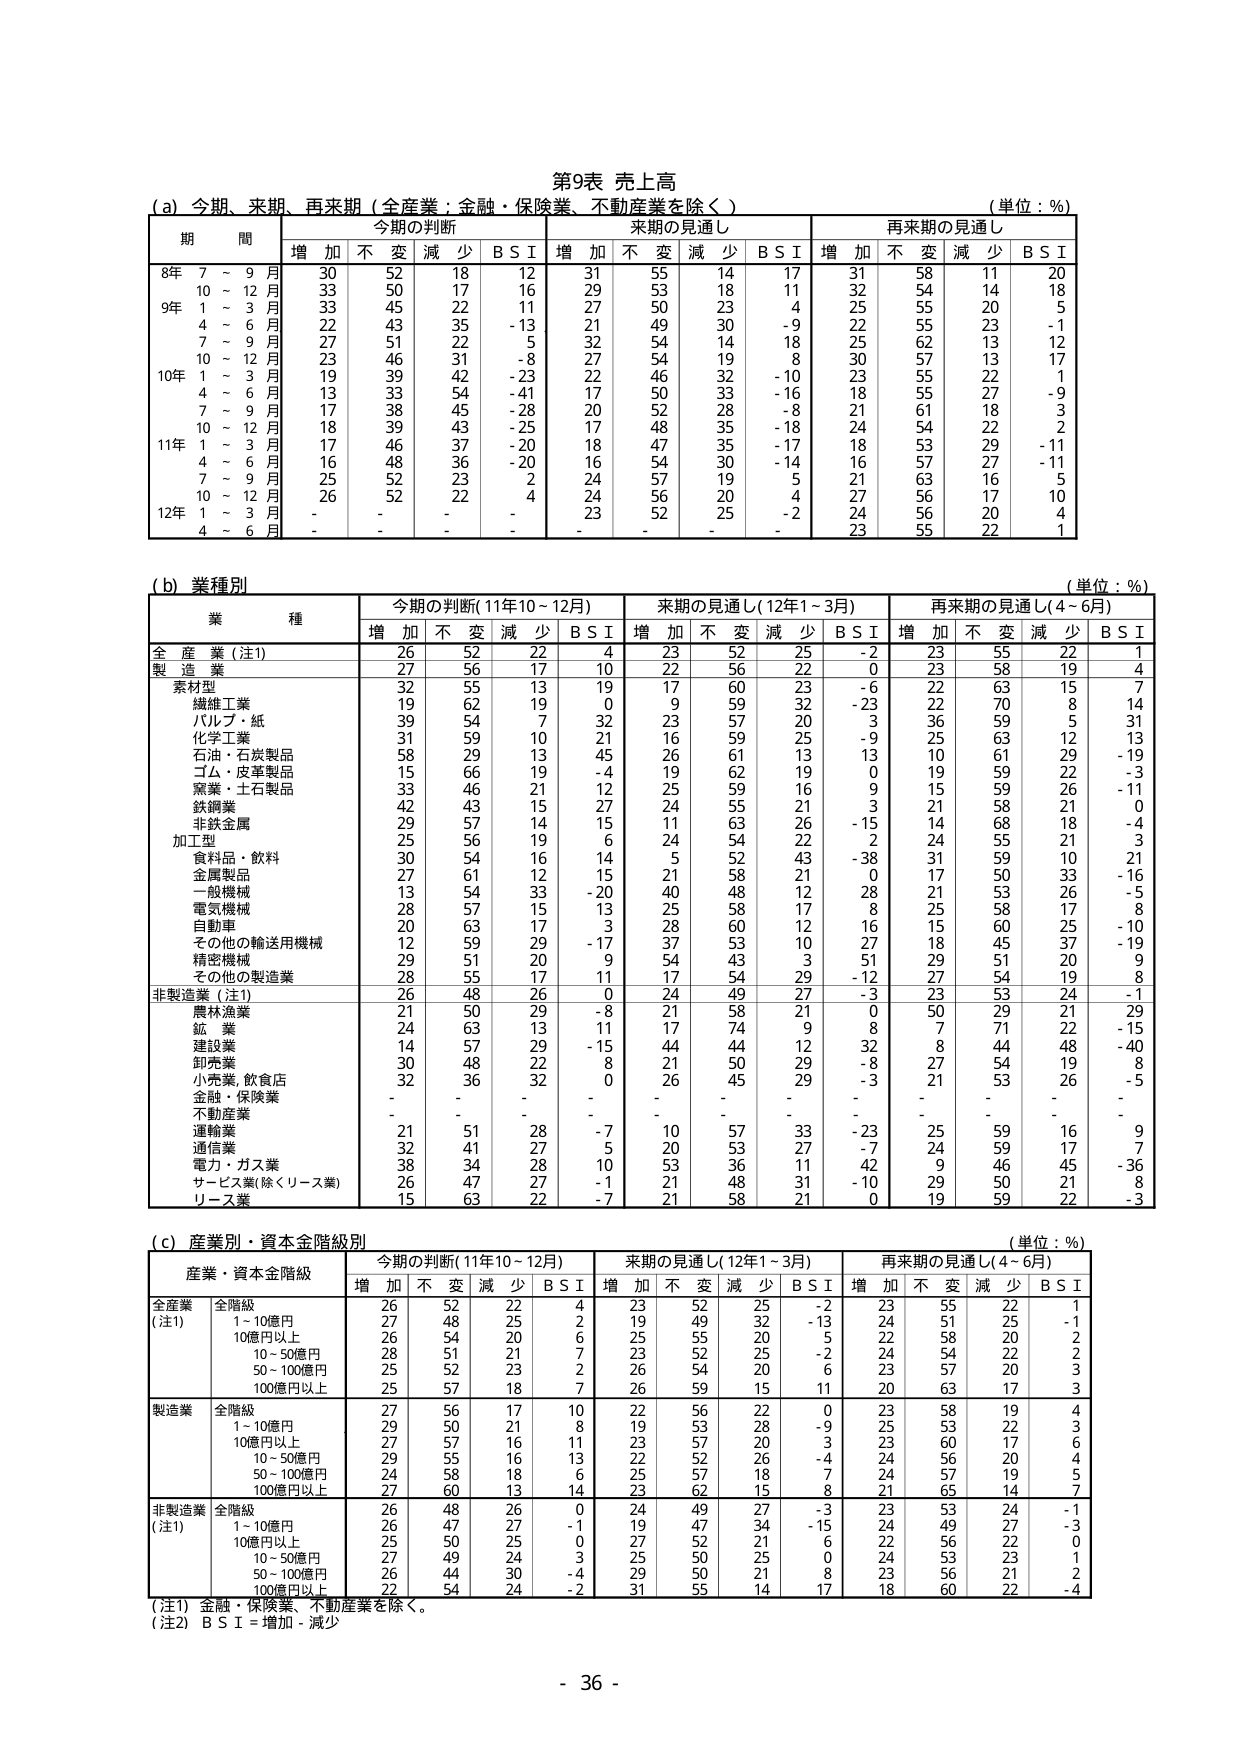
第9表 売上高
(a) 今期、来期、再来期（全産業：金融・保険業、不動産業を除く）
（単位：%）
期 間 今期の判断 来期の見通し 再来期の見通し
増 加 不 変 減 少 B S I 増 加 不 変 減 少 B S I 増 加 不 変 減 少 B S I
8年 7 ~ 9 月 30 52 18 12 31 55 14 17 31 58 11 20
10 ~ 12 月 33 50 17 16 29 53 18 11 32 54 14 18
9年 1 ~ 3 月 33 45 22 11 27 50 23 4 25 55 20 5
4 ~ 6 月 22 43 35 -13 21 49 30 -9 22 55 23 -1
7 ~ 9 月 27 51 22 5 32 54 14 18 25 62 13 12
10 ~ 12 月 23 46 31 -8 27 54 19 8 30 57 13 17
10年 1 ~ 3 月 19 39 42 -23 22 46 32 -10 23 55 22 1
4 ~ 6 月 13 33 54 -41 17 50 33 -16 18 55 27 -9
7 ~ 9 月 17 38 45 -28 20 52 28 -8 21 61 18 3
10 ~ 12 月 18 39 43 -25 17 48 35 -18 24 54 22 2
11年 1 ~ 3 月 17 46 37 -20 18 47 35 -17 18 53 29 -11
4 ~ 6 月 16 48 36 -20 16 54 30 -14 16 57 27 -11
7 ~ 9 月 25 52 23 2 24 57 19 5 21 63 16 5
10 ~ 12 月 26 52 22 4 24 56 20 4 27 56 17 10
12年 1 ~ 3 月 - - - - 23 52 25 -2 24 56 20 4
4 ~ 6 月 - - - - - - - - 23 55 22 1

(b) 業種別
（単位：%）
業 種 今期の判断(11年10～12月) 来期の見通し(12年1～3月) 再来期の見通し(4～6月)
増 加 不 変 減 少 B S I 増 加 不 変 減 少 B S I 増 加 不 変 減 少 B S I
全 産 業 (注1) 26 52 22 4 23 52 25 -2 23 55 22 1
製 造 業 27 56 17 10 22 56 22 0 23 58 19 4
　素材型 32 55 13 19 17 60 23 -6 22 63 15 7
　繊維工業 19 62 19 0 9 59 32 -23 22 70 8 14
　パルプ・紙 39 54 7 32 23 57 20 3 36 59 5 31
　化学工業 31 59 10 21 16 59 25 -9 25 63 12 13
　石油・石炭製品 58 29 13 45 26 61 13 13 10 61 29 -19
　ゴム・皮革製品 15 66 19 -4 19 62 19 0 19 59 22 -3
　窯業・土石製品 33 46 21 12 25 59 16 9 15 59 26 -11
　鉄鋼業 42 43 15 27 24 55 21 3 21 58 21 0
　非鉄金属 29 57 14 15 11 63 26 -15 14 68 18 -4
　加工型 25 56 19 6 24 54 22 2 24 55 21 3
　　食料品・飲料 30 54 16 14 5 52 43 -38 31 59 10 21
　　金属製品 27 61 12 15 21 58 21 0 17 50 33 -16
　　一般機械 13 54 33 -20 40 48 12 28 21 53 26 -5
　　電気機械 28 57 15 13 25 58 17 8 25 58 17 -8
　　自動車 20 63 17 -3 28 60 12 16 15 60 25 -10
　　その他の輸送用機械 12 59 29 -17 37 53 10 27 18 45 37 -19
　　精密機械 29 51 20 9 54 43 3 51 29 51 20 9
　　その他の製造業 28 55 17 11 17 54 29 -12 27 54 19 8
非製造業 (注1) 26 48 26 0 24 49 27 -3 23 53 24 -1
　農林漁業 21 50 29 -8 21 58 21 0 50 29 21 29
　鉱 業 24 63 13 11 17 74 9 8 7 71 22 -15
　建設業 14 57 29 -15 44 44 12 32 8 44 48 -40
　卸売業 30 48 22 8 21 50 29 -8 27 54 19 8
　小売業、飲食店 32 36 32 0 26 45 29 -3 21 53 26 -5
　金融・保険業 - - - - - - - - - - - -
　不動産業 - - - - - - - - - - - -
　運輸業 21 51 28 -7 10 57 33 -23 25 59 16 9
　通信業 32 41 27 5 20 53 27 -7 24 59 17 7
　電力・ガス業 38 34 28 10 53 36 11 42 9 46 45 -36
　サービス業(除くリース業) 26 47 27 -1 21 48 31 -10 29 50 21 8
　リース業 15 63 22 -7 21 58 21 0 19 59 22 -3

(c) 産業別・資本金階級別
（単位：%）
産業・資本金階級 今期の判断(11年10～12月) 来期の見通し(12年1～3月) 再来期の見通し(4～6月)
増 加 不 変 減 少 B S I 増 加 不 変 減 少 B S I 増 加 不 変 減 少 B S I
全産業 (注1) 全階級 26 52 22 4 23 52 25 -2 23 55 22 1
　1～10億円 27 48 25 2 19 49 32 -13 24 51 25 -1
　10億円以上 26 54 20 6 25 55 20 5 22 58 20 2
　10～50億円 28 51 21 7 23 52 25 -2 24 54 22 2
　50～100億円 25 52 23 2 26 54 20 6 23 57 20 3
　100億円以上 25 57 18 7 26 59 15 11 20 63 17 3
製造業 全階級 27 56 17 10 22 56 22 0 23 58 19 4
　1～10億円 29 50 21 8 19 53 28 -9 25 53 22 3
　10億円以上 27 57 16 11 23 57 20 3 23 60 17 6
　10～50億円 29 55 16 13 22 52 26 -4 24 56 20 4
　50～100億円 24 58 18 6 25 57 18 7 24 57 19 5
　100億円以上 27 60 13 14 23 62 15 8 21 65 14 7
非製造業 (注1) 全階級 26 48 26 0 24 49 27 -3 23 53 24 -1
　1～10億円 26 47 27 -1 19 47 34 -15 24 49 27 -3
　10億円以上 25 50 25 0 27 52 21 6 22 56 22 0
　10～50億円 27 49 24 3 25 50 25 0 24 53 23 1
　50～100億円 26 44 30 -4 29 50 21 8 23 56 21 2
　100億円以上 22 54 24 -2 31 55 14 17 18 60 22 -4
(注1) 金融・保険業、不動産業を除く。
(注2) B S I = 増加 - 減少
- 36 -